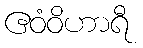
ဧဝံဝိဟာရီ